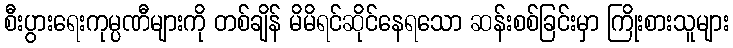
စီးပွားရေးကုမ္ပဏီများကို တစ်ချိန် မိမိရင်ဆိုင်နေရသော ဆန်းစစ်ခြင်းမှာ ကြိုးစားသူများ